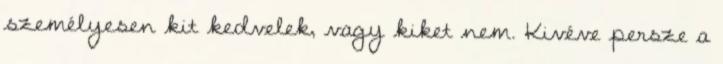
személyesen kit kedvelek, vagy kiket nem. Kivéve persze a